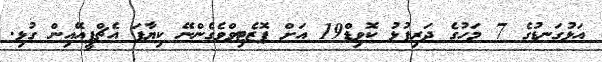
އަޅުގަނޑުގެ 7 މަހުގެ ދަރިފުޅު ކޮވިޑް19 އަށް ޕޮޒެޓިވްވެގެންނޭ ކިޔާފަ އެޗްޕީއޭއިން ގުޅި.